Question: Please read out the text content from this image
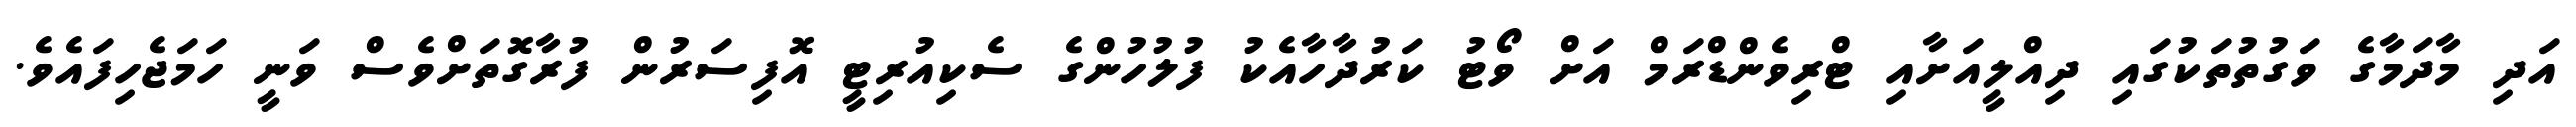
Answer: އަދި މާދަމާގެ ވަގުތުތަކުގައި ދިއްލީއަށާއި ޓްރިވެންޑްރަމް އަށް ވޯޓު ކަރުދާހާއެކު ފުލުހުންގެ ސެކިއުރިޓީ އޮފިސަރުން ފުރާގޮތަށްވެސް ވަނީ ހަމަޖެހިފައެވެ.